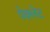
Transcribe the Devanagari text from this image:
पेक्लेट